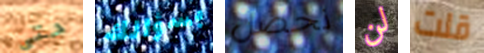
حتى بسؤالك نحصل لن قلت